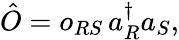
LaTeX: \begin{array}{r}{\hat{O}=o_{RS}\, a_{R}^{\dagger}a_{S},}\end{array}